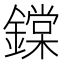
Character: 鏿